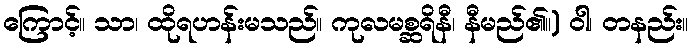
ကြောင့်။ သာ၊ ထိုရဟန်းမသည်။ ကုလမစ္ဆရိနီ၊ နီမည်၏။) ဝါ၊ တနည်း။